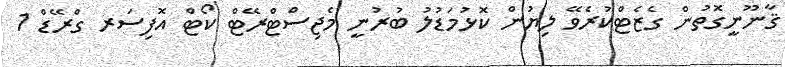
ޤާނޫނީގޮތުން ގެޒެޓްކުރެވޭ ލިޔުން ކޮޅުމަޑުލު ބުރުނީ މެޖިސްޓްރޭޓް ކޯޓް އޮފިސަރ ގްރޭޑް 1